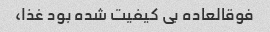
فوقالعاده بی کیفیت شده بود غذا،